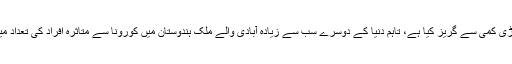
اس کے برعکس ہندوستانی کمپنوں نے تاحال پروازوں میں بڑی کمی سے گریز کیا ہے، تاہم دنیا کے دوسرے سب سے زیادہ آبادی والے ملک ہندوستان میں کورونا سے متاثرہ افراد کی تعداد میں اضافہ کے بعد ایئرلائنز یہ قدم اٹھانے پر مجبور ہوئی ہیں۔